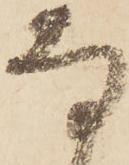
な